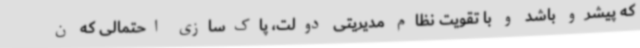
که پیشرو باشد و با تقویت نظام مدیریتی دولت، پاک‌سازی احتمالی که ن